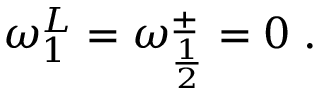
\omega _ { 1 } ^ { L } = \omega _ { \frac { 1 } { 2 } } ^ { \pm } = 0 \; .